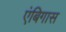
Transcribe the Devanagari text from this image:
एंबिगास